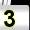
Digit: 3